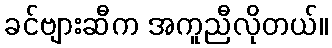
ခင်ဗျားဆီက အကူညီလိုတယ်။